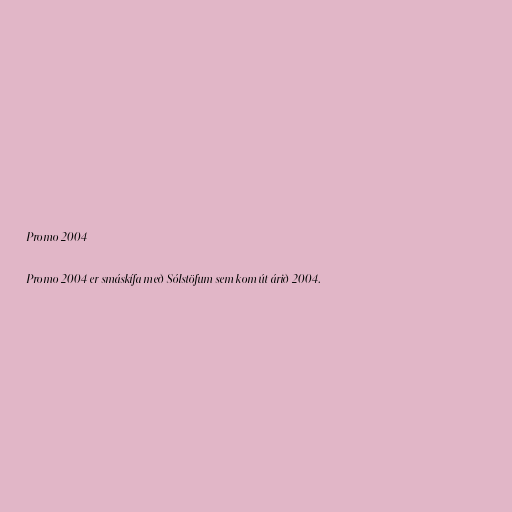
Promo 2004

Promo 2004 er smáskífa með Sólstöfum sem kom út árið 2004.